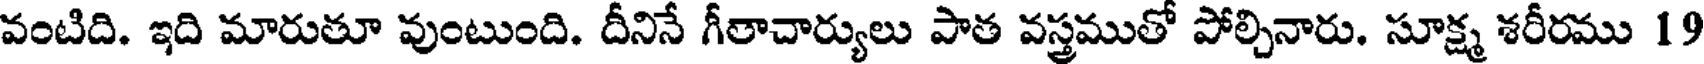
వంటిది. ఇది మారుతూ వుంటుంది. దీనినే గీతాచార్యులు పాత వస్త్రముతో పోల్చినారు. సూక్ష్మ శరీరము 19